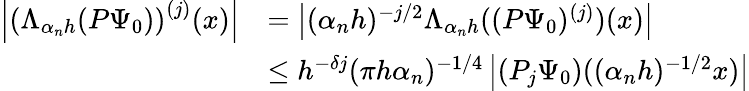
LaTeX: \begin{array}{rl}{\left|\left(\Lambda_{\alpha_{n}h}(P\Psi_{0})\right)^{(j)}(x)\right|}&{=\left|(\alpha_{n}h)^{-j/2}\Lambda_{\alpha_{n}h}((P\Psi_{0})^{(j)})(x)\right|}\\ &{\leq h^{-\delta j}(\pi h\alpha_{n})^{-1/4}\left|(P_{j}\Psi_{0})((\alpha_{n}h)^{-1/2}x)\right|}\end{array}